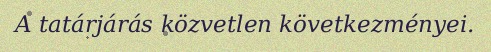
A tatárjárás közvetlen következményei.